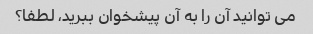
می توانید آن را به آن پیشخوان ببرید، لطفا؟